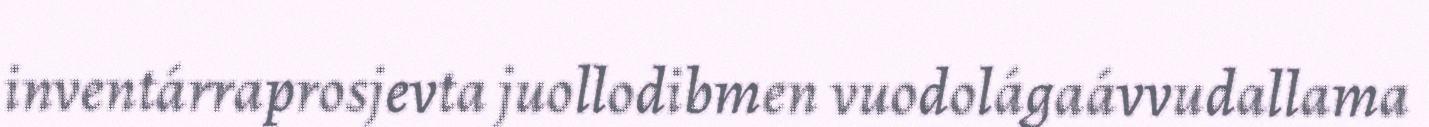
inventárraprosjevta juollodibmen vuodolágaávvudallama